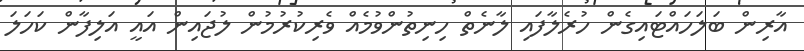
އާރިން ބަލަހައްޓައިގެން ހުރެލާފައި ލާނެތް ހިނިތުންވުމެއް ވެރިކުރުމުން ލުޖައިން އައީ އަލިފާން ކަހަލަ